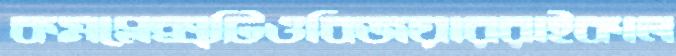
কমপ্লেক্সটিওবিজয়াররাইকাল